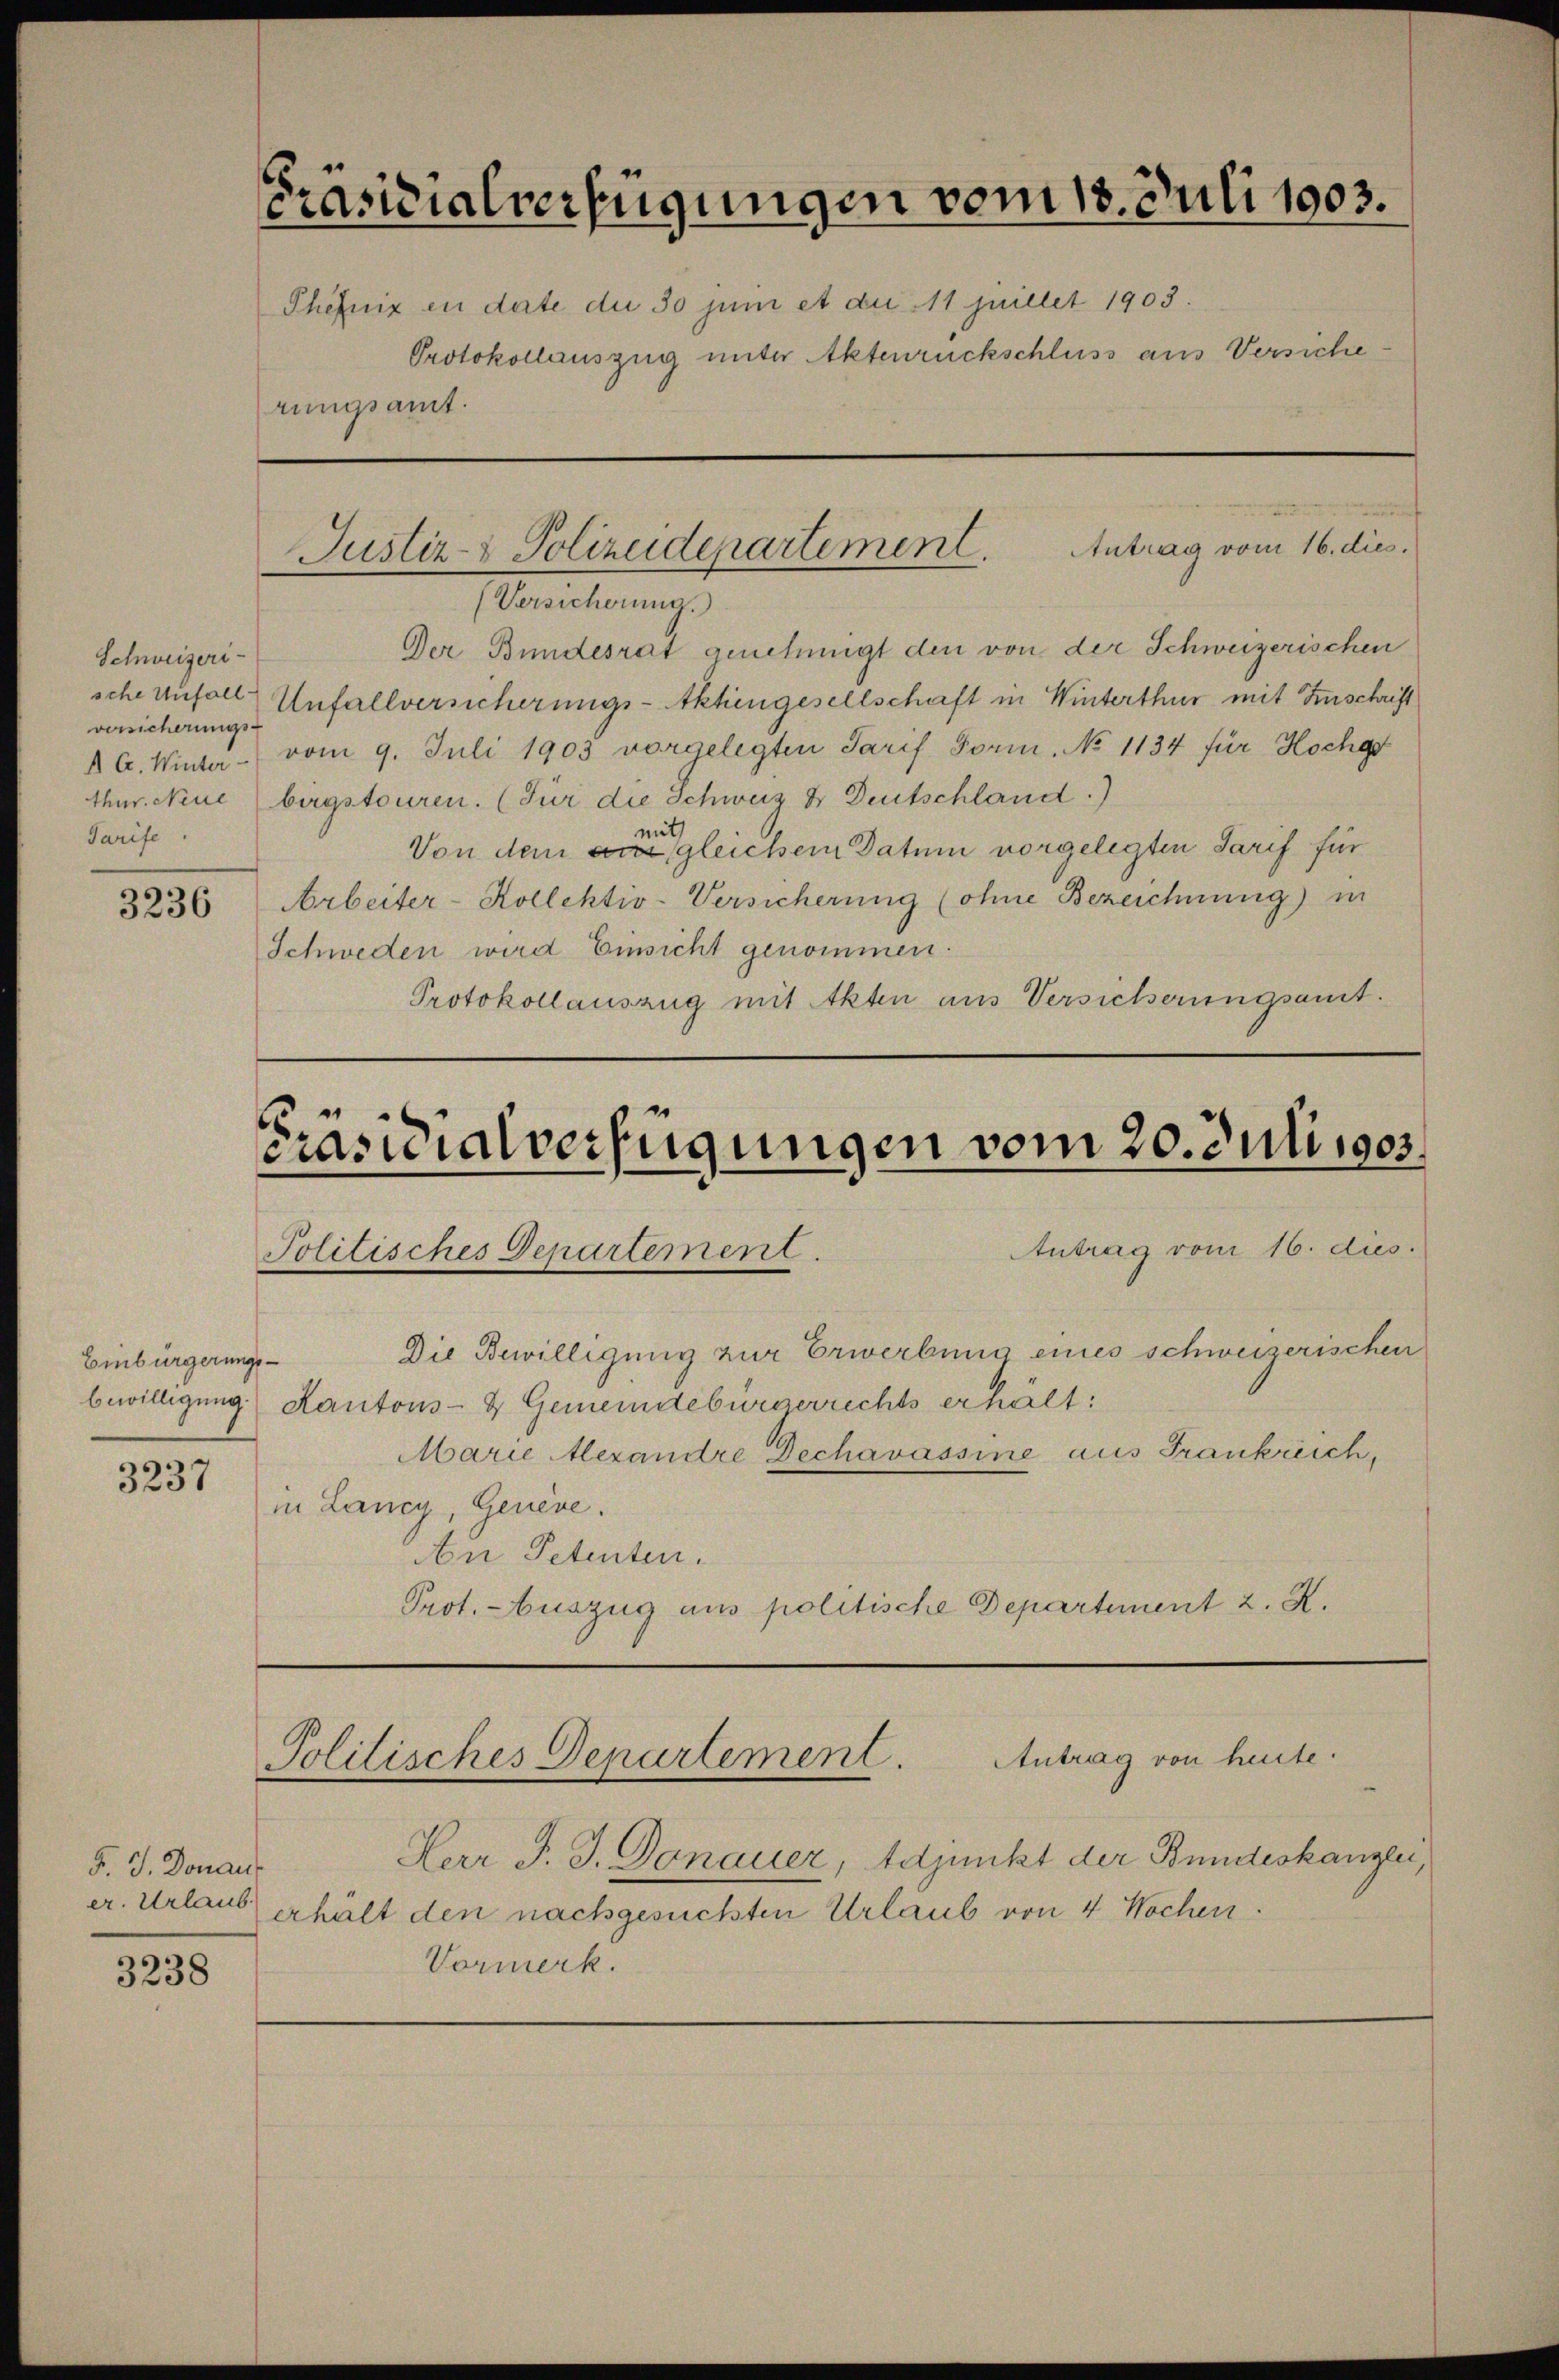
Schweizeri
versicherungs-
Tarife.

3236

Einbürgerungs-

3237

F. J. Donaus
er. Urlaub

3238

Präsidialverfügungen vom 18. Juli 1903.
Phefniz en date du 30 juni et die 11 Juillet 1903.
Protokollauszug unter Aktenrückschluss aus Versiche
rungsamt.

(Versicherung.
Der Bundesrat genehmigt den von der Schweizerischen
sche Anfall Unfallversicherungs-Akhingesellschaft in Winterthur mit Zuschrift
 C. Winter - vom 9. Juli 1905 vorgelegten Tarif Form. No 1134 für Hochg
thur. Neue birgstouren. (Für die Schweiz & Deutschland)
Von dem die gleichem Datum vorgelegten Tarif für
Arbeiter-Kollektiv-Versicherung (ohne Bezeichnung) in
Schweden wird Einsicht genommen.
Protokollauszug mit Akten aus Versicherungsamt.

Antrag vom 16. dies.
Justiz- & Polizeidepartement.

Präsidialverfügungen vom 20. Juli 1903.
Antrag vom 16. dies
Politisches Departement.

bewilligung Kantons- & Gemeindebürgerrechts erhält:
in Lancy, Genève.
Au Petenten.
Prot. Auszug aus politische Departement 2. X.

Die Bewilligung zur Erwerbung eines schweizerischen
Marie Alexandre Dechavassine aus Frankreich,

Politisches Departement. Antrag von heute.

Herr J. J. Donauer, Adjunkt der Bundeskanzlei,
erhält den nachgesuchten Urlaub von 4 Wochen.
Vormerk.